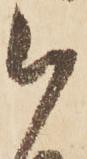
被